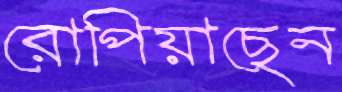
রোপিয়াছেন